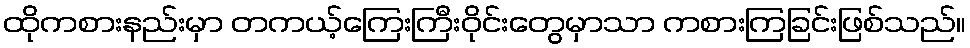
ထိုကစားနည်းမှာ တကယ့်ကြေးကြီးဝိုင်းတွေမှာသာ ကစားကြခြင်းဖြစ်သည်။